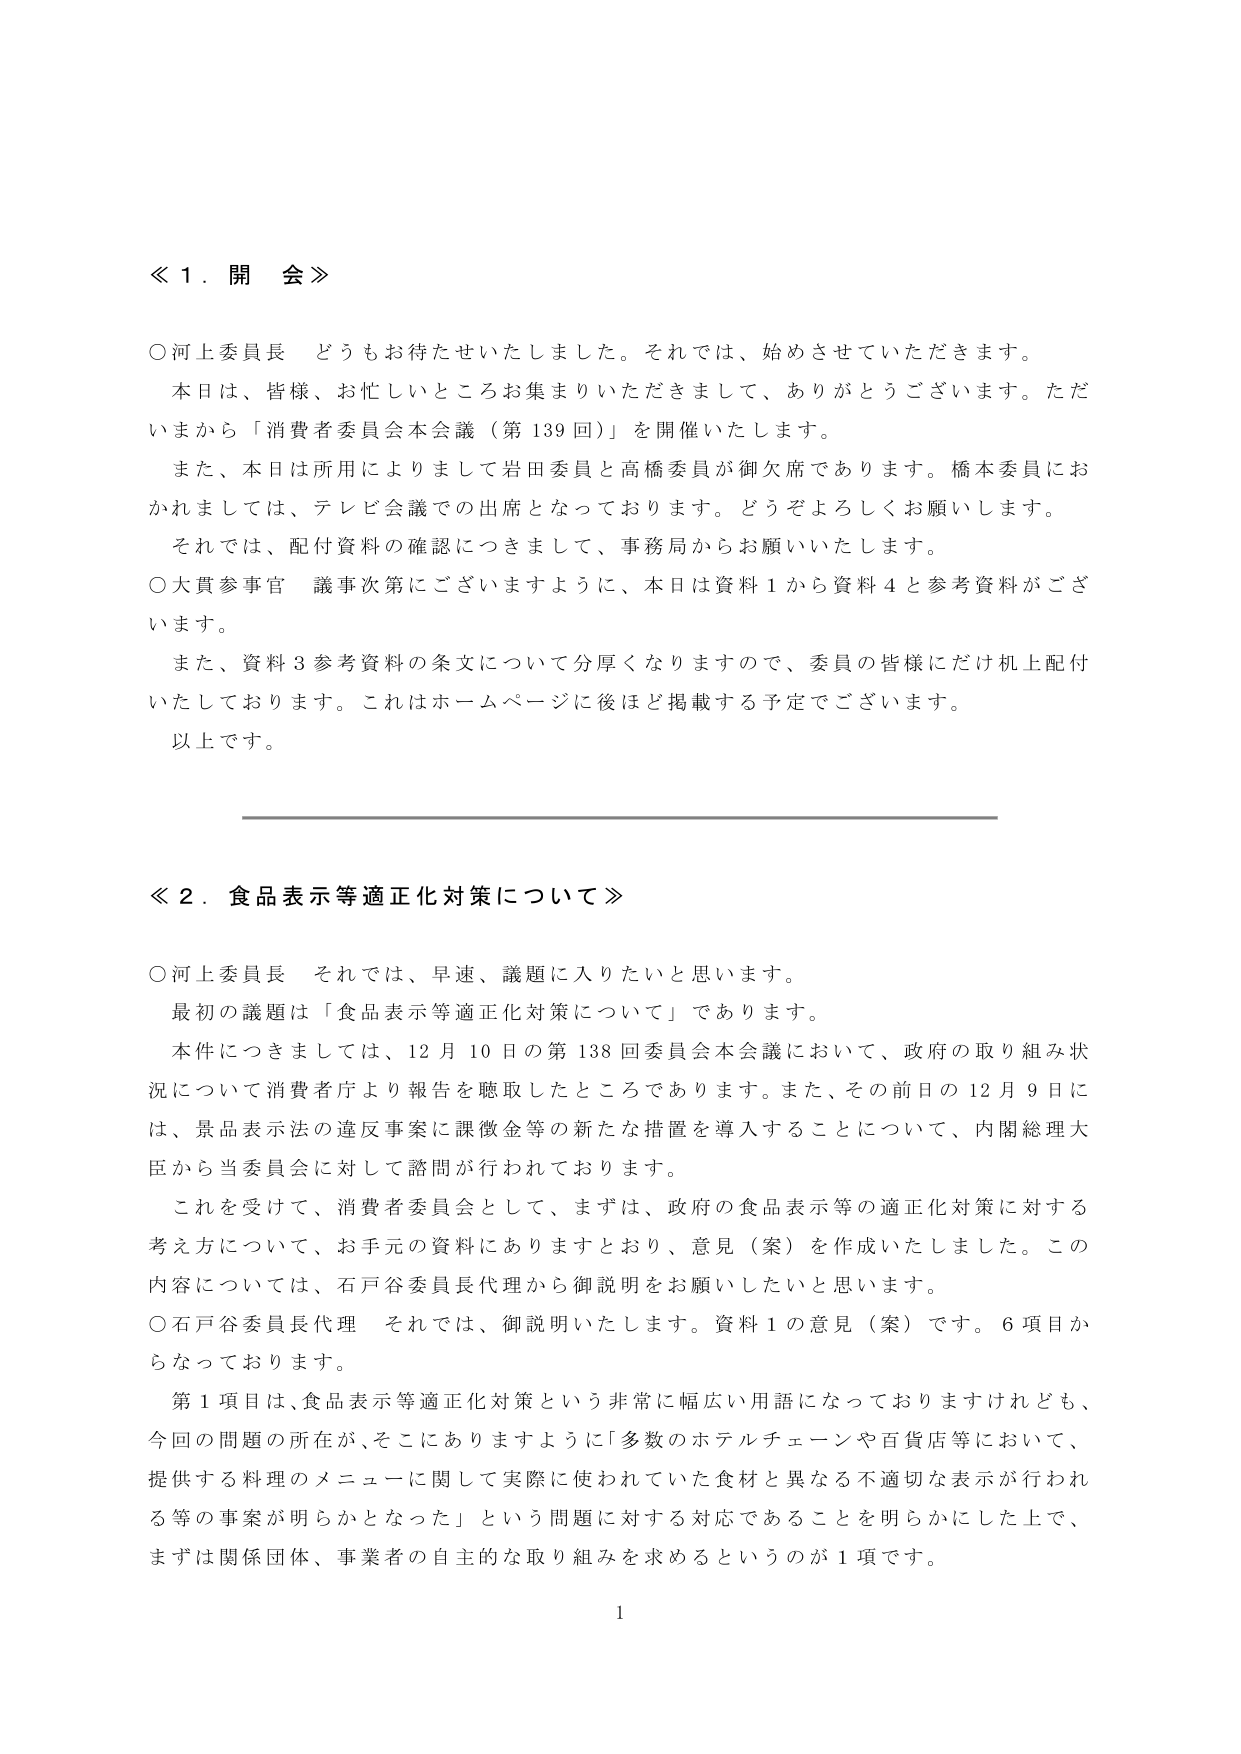
≪１．開会≫

○河上委員長　どうもお待たせいたしました。それでは、始めさせていただきます。
　本日は、皆様、お忙しいところお集まりいただきまして、ありがとうございます。ただ
いまから「消費者委員会本会議（第139回）」を開催いたします。
　また、本日は所用によりまして岩田委員と高橋委員が御欠席であります。橋本委員にお
かれましては、テレビ会議での出席となっております。どうぞよろしくお願いします。
　それでは、配付資料の確認につきまして、事務局からお願いいたします。
○大貫参事官　議事次第にございますように、本日は資料1から資料4と参考資料がござ
います。
　また、資料3参考資料の条文について分厚くなりますので、委員の皆様にだけ机上配付
いたしております。これはホームページに後ほど掲載する予定でございます。
　以上です。

≪２．食品表示等適正化対策について≫

○河上委員長　それでは、早速、議題に入りたいと思います。
　最初の議題は「食品表示等適正化対策について」であります。
　本件につきましては、12月10日の第138回委員会本会議において、政府の取り組み状
況について消費者庁より報告を聴取したところでありります。また、その前日の12月9日
には、景品表示法の違反事案に課徴金等の新たな措置を導入することについて、内閣総理大
臣から当委員会に対して諮問が行われております。
　これを受けて、消費者委員会として、まずは、政府の食品表示等の適正化対策に対する
考え方について、お手元の資料にありますとおり、意見（案）を作成いたしました。この
内容については、石戸谷委員長代理から御説明をお願いしたいと思います。
○石戸谷委員長代理　それでは、御説明いたします。資料1の意見（案）です。6項目か
らなっております。
　第1項目は、食品表示等適正化対策という非常に幅広い用語になっておりますけれども、
今回の問題の所在が、そこにありますように「多数のホテルチェーンや百貨店等において、
提供する料理のメニューに関して実際に使われていた食材と異なる不適切な表示が行われ
る等の事案が明らかとなった」という問題に対する対応であることを明らかにした上で、
まずは関係団体、事業者の自主的な取り組みを求めるというのが1項です。

1